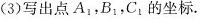
(3)写出点A1_{1} ,B_{1} ,C_{1}的坐标。|图15-2